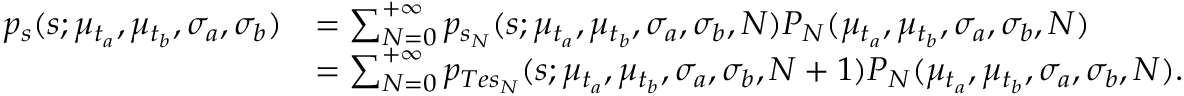
\begin{array} { r l } { p _ { s } ( s ; \mu _ { t _ { a } } , \mu _ { t _ { b } } , \sigma _ { a } , \sigma _ { b } ) } & { = \sum _ { N = 0 } ^ { + \infty } p _ { s _ { N } } ( s ; \mu _ { t _ { a } } , \mu _ { t _ { b } } , \sigma _ { a } , \sigma _ { b } , N ) P _ { N } ( \mu _ { t _ { a } } , \mu _ { t _ { b } } , \sigma _ { a } , \sigma _ { b } , N ) } \\ & { = \sum _ { N = 0 } ^ { + \infty } p _ { T e s _ { N } } ( s ; \mu _ { t _ { a } } , \mu _ { t _ { b } } , \sigma _ { a } , \sigma _ { b } , N + 1 ) P _ { N } ( \mu _ { t _ { a } } , \mu _ { t _ { b } } , \sigma _ { a } , \sigma _ { b } , N ) . } \end{array}